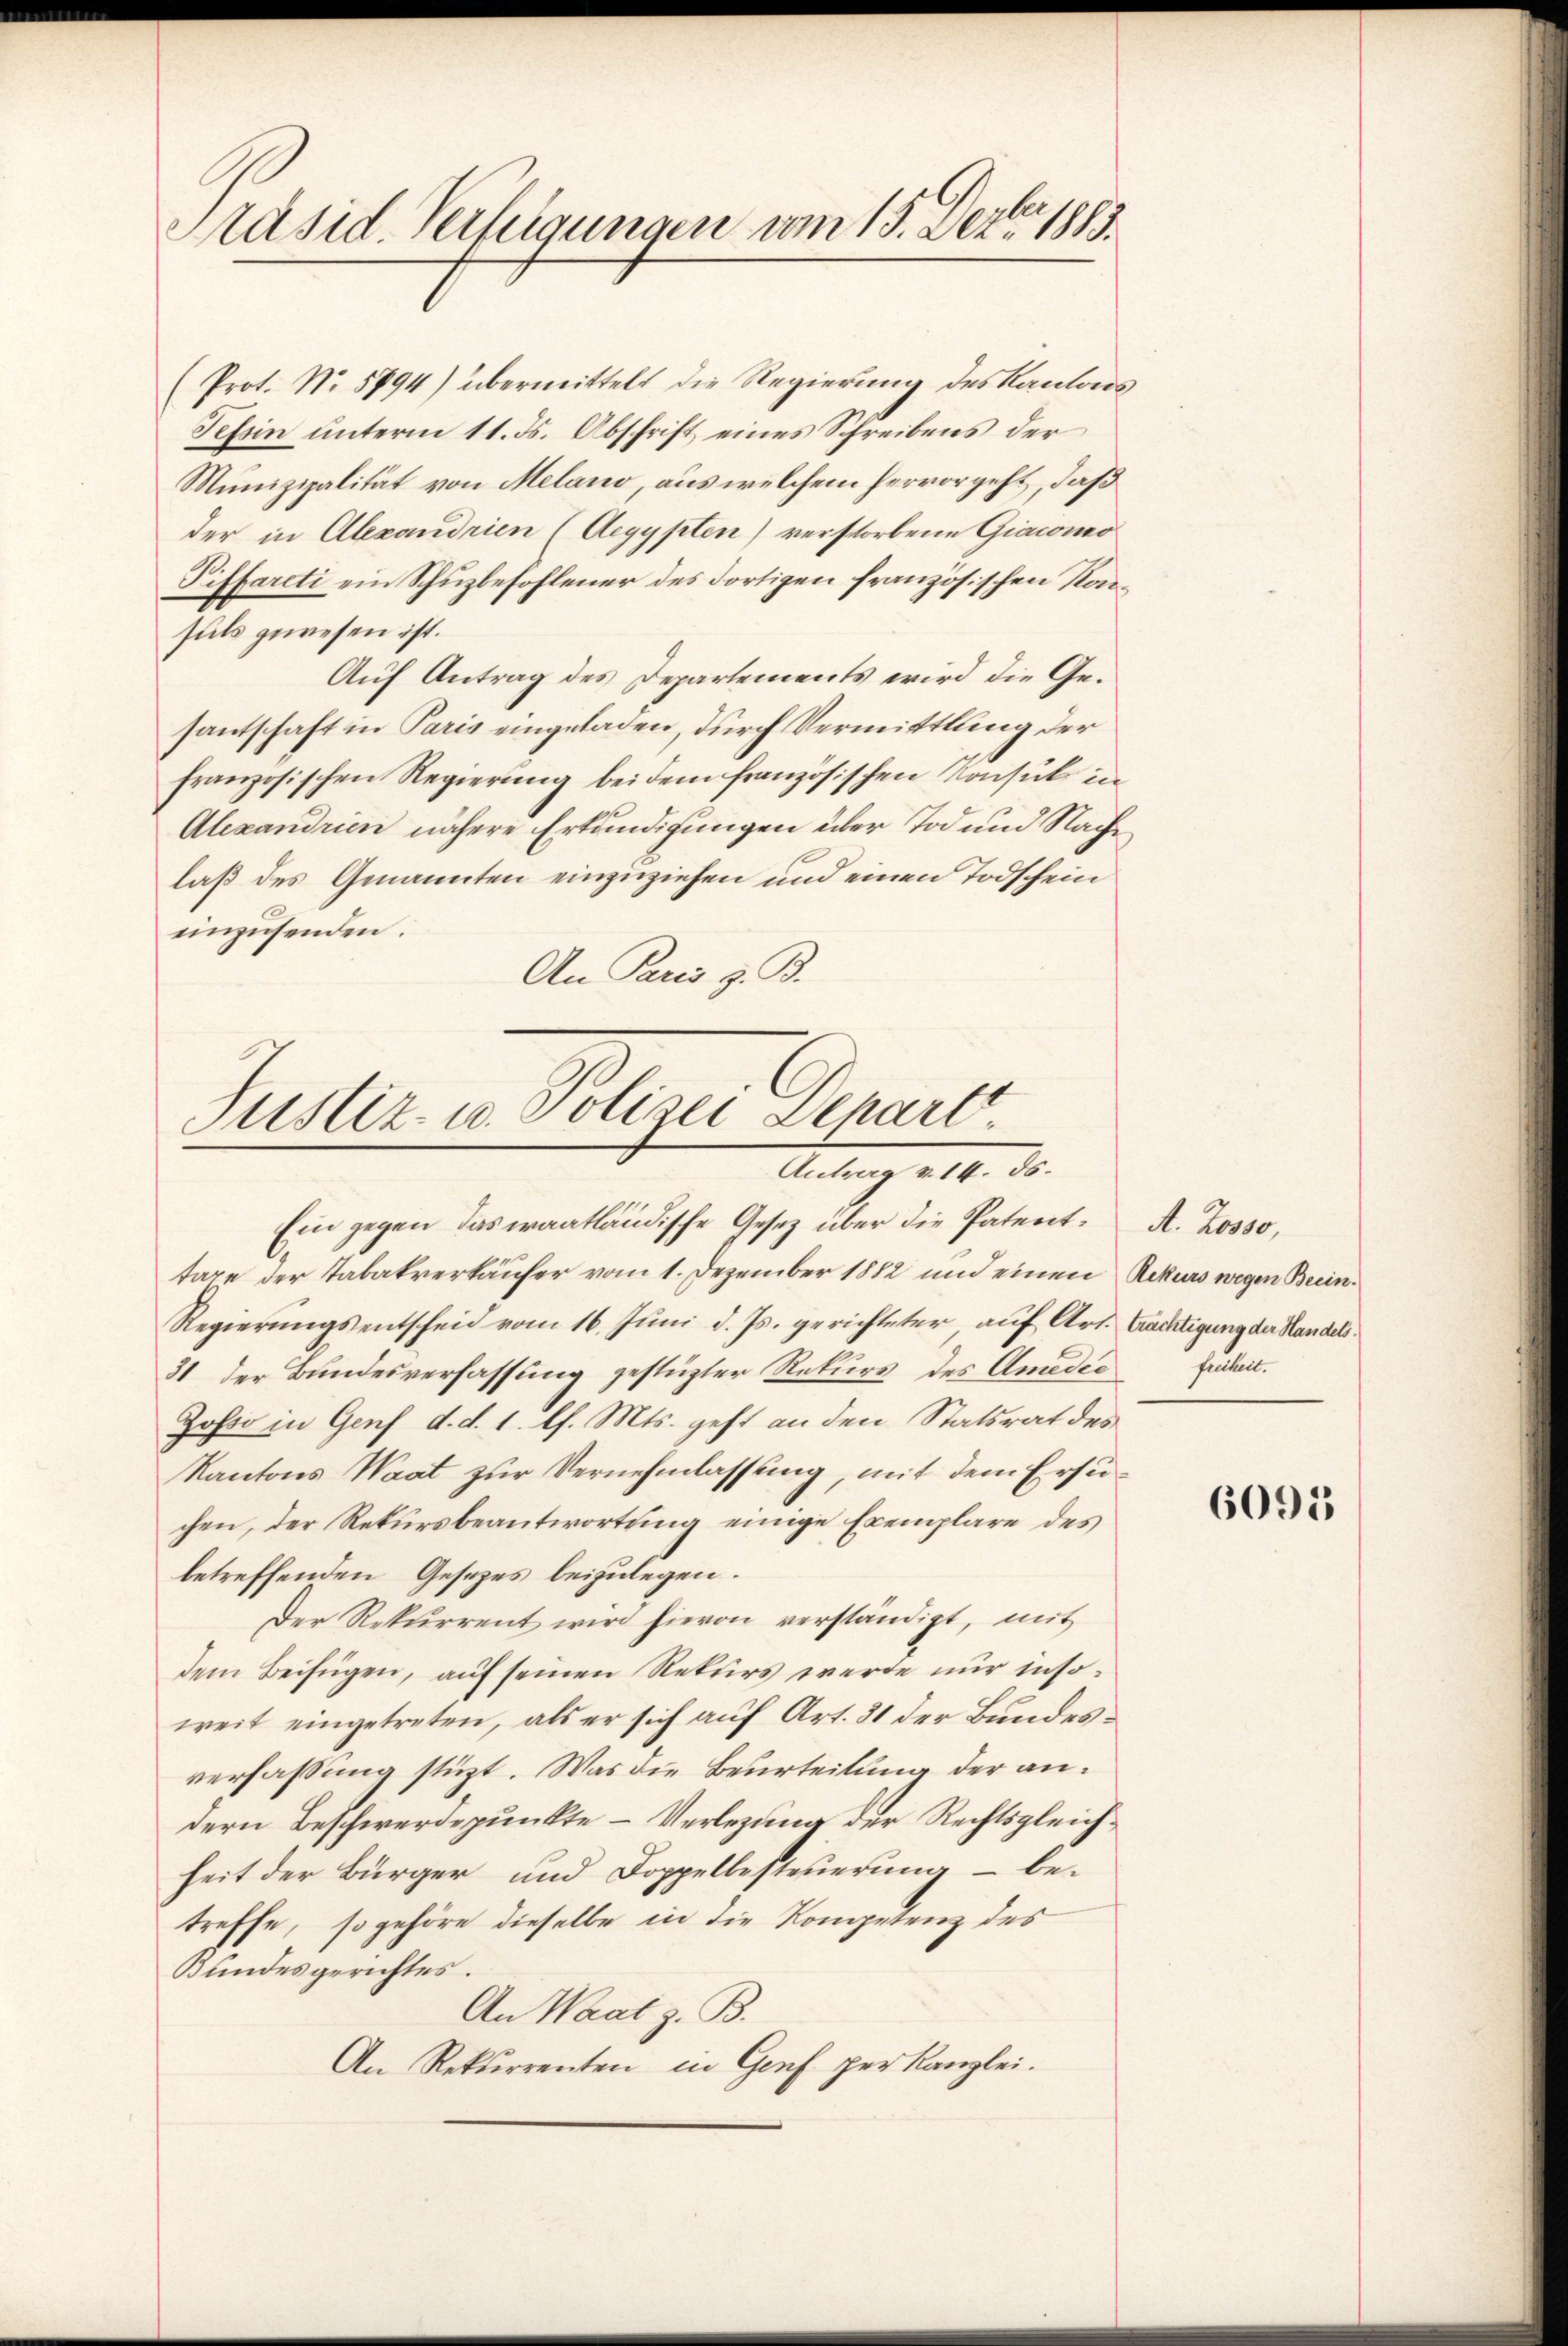
Präsid. Verfügungen vom 15. Dez. 1883.

(Prot. No. 5894) übermittelt die Regierung des Kantons
Tessin ŭnterm 11. ds. Abschrift eines Schreibens der
Munizipalität von Melano, aus welchem hervorgeht, daß
der in Alexandrien (Aegypten) verstorbene Giacono
Piffarcti ein Schuzbefohlener des dortigen französischen Konsuls gewesen ist.
Auf Antrag des Departements wird die Gesantschaft in Paris eingeladen, durch Vermittlung der
französischen Regierung bei dem französischen Konsul in
Alexandrien nähere Erkundigungen über Tod und Nache
laß des Genannten einzuziehen und einen Todschein
einzusenden.
An Paris z. B.

Justiz- u. Polizei Depart.
Antrag v. 14. ds.

Ein gegen das waatländische Gesetz über die Patenttage der Tabakverkäufer vom 1. Dezember 1882 und einen Rekurs wegen Beein¬
Regierungsentscheid vom 16. Juni d. Js. gerichteter auf Art. Trächtigung der Handels¬
31 der Bundesverfassung gestüzter Rekurs des Amedie Einheit.
Josso in Genf d. d. 1. l. Mts. geht an den Statsrat des
Kantons Waat zur Vernehmlassung, mit dem Ersuchen, der Rekursbeantwortung einige Exemplare des
betreffenden Gesetzes beizulegen.
Der Rekurrent wird hievon verständigt, mit
dem Beifügen, auf seinen Rekurs werde nur insoweit eingetreten, als er sich auf Art. 31 der Bundesverfassung stüzt. Was die Beurteilung der andern Beschwerdepunkte – Verlegung der Rechtsgleichheit der Bürger und Doppelbesteuerung – betreffe, so gehöre dieselbe in die Kompetenz des
Bundesgerichtes.
An Waat z. B.
An Rekurrenten in Genf. per Kanzlei.

A. Zosso,

6091